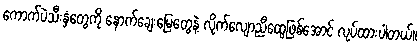
ကောက်ပဲသီးနှံတွေကို နောက်ချေးမြေတွေနဲ့ လိုက်လျောညီထွေဖြစ်အောင် လုပ်ထားပါတယ်။